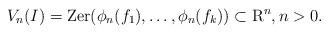
LaTeX: \begin{align*}V_n(I) = \mathrm{Zer}(\phi_n(f_1),\ldots,\phi_n(f_k)) \subset \mathrm{R}^n, n > 0.\end{align*}